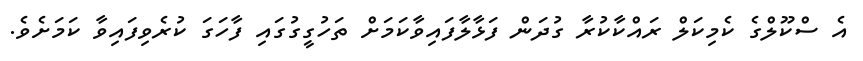
އެ ސްކޫލްގެ ކެމިކަލް ރައްކާކުރާ ގުދަން ފަޅާލާފައިވާކަމަށް ތަހުގީގުގައި ފާހަގަ ކުރެވިފައިވާ ކަމަށެވެ.